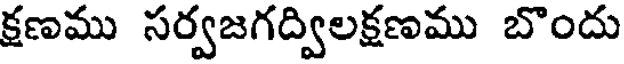
క్షణము సర్వజగద్విలక్షణము బొందు